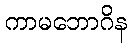
ကာမဘောဂိန